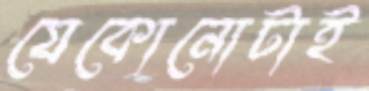
যেকোনোটাই